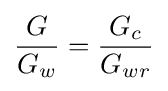
{\frac {G}{G_{w}}}={\frac {G_{c}}{G_{wr}}}